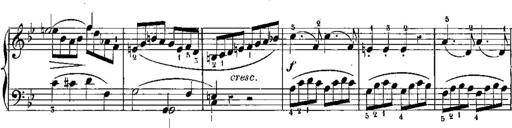
Title: 6 Sonatines
Composer: Albert Lavignac
Key: C major
 G major
 D major
 A minor
 F major
 B-flat major